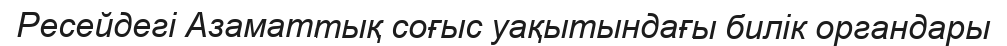
Ресейдегі Азаматтық соғыс уақытындағы билік органдары